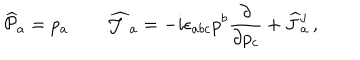
LaTeX: { \widehat { \cal P } } { } _ { a } = p _ { a } \qquad { \widehat { \cal J } } { } _ { a } = - i \epsilon _ { a b c } p ^ { b } \frac { \partial } { \partial p _ { c } } + { \widehat J } { } _ { a } ^ { j } \, ,